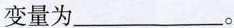
变量为___。